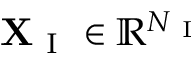
\mathbf { X } _ { \mathrm { ~ I ~ } } \in \mathbb { R } ^ { N _ { \mathrm { ~ I ~ } } }